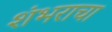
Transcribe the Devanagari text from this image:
शंभराचा